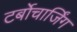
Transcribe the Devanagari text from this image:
टर्बोचार्जिंग